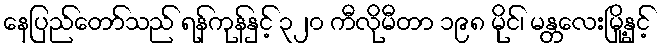
နေပြည်တော်သည် ရန်ကုန်နှင့် ၃၂၀ ကီလိုမီတာ ၁၉၈ မိုင်၊ မန္တလေးမြို့နှင့်